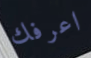
اعرفك